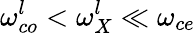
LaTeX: \omega_{co}^{l}<\omega_{X}^{l}\ll\omega_{ce}